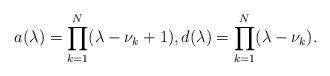
LaTeX: \begin{align*}a(\lambda)=\prod_{k=1}^{N}(\lambda-\nu_k+1),d(\lambda)=\prod_{k=1}^{N}(\lambda-\nu_k).\end{align*}